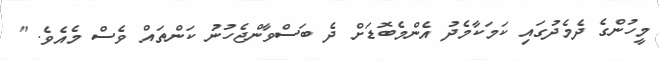
މީހުންގެ ދެމެދުގައި ކަމަކާމެދު އެންމެބޮޑަށް ދެ ބަސްވާންޖެހުނު ކަންތައް ވެސް މެއެވެ. "